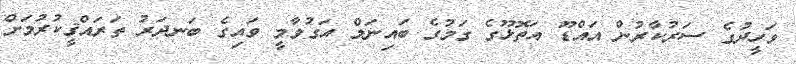
ވަހީދުގެ ސަރުކާރުން އައްޑޫ އަތޮޅޫގެ ގަމުގެ ބައިނަލް އަގުވާމީ ވައިގެ ބަނދަރު ތަރައްޤީކުރުމަށް